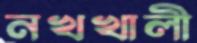
নখখালী